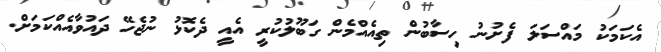
އެކަމަކު މައްސަލަ ފެށުނު ހިސާބުން ތިއެއްމެން ގަބޫލުކުރީ އެއީ ދެކޮޅު ނުޖެހޭ ދައުވާއެއްކަމަށް.